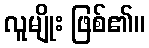
လူမျိုး ဖြစ်၏။